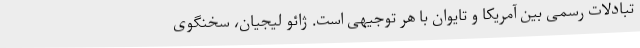
تبادلات رسمی بین آمریکا و تایوان با هر توجیهی است. ژائو لیجیان، سخنگوی